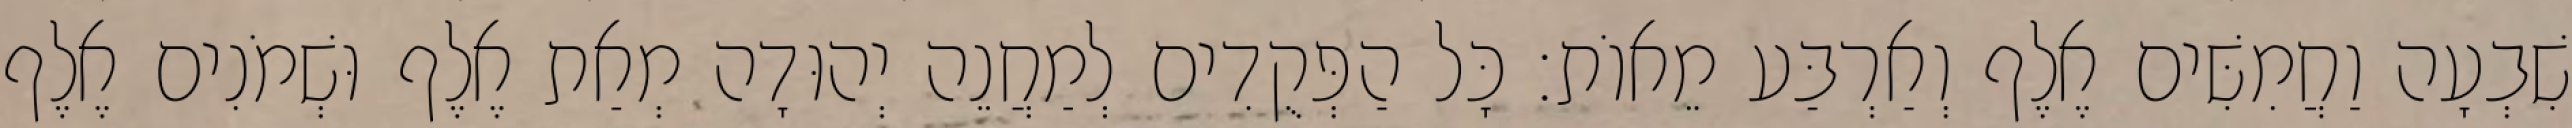
שִׁבְעָה וַחֲמִשִּׁים אֶלֶף וְאַרְבַּע מֵאוֹת׃ כָּל הַפְּקֻדִים לְמַחֲנֵה יְהוּדָה מְאַת אֶלֶף וּשְׁמֹנִים אֶלֶף